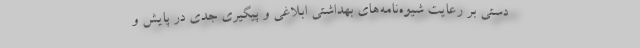
‌دستی بر رعایت شیوه‌نامه‌های بهداشتی ابلاغی و پیگیری جدی در پایش و